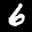
Label: 6